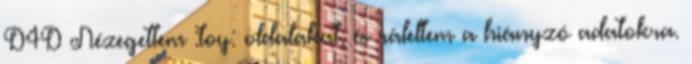
D4D Nézegettem :toy: oldalakat, és ráleltem a hiányzó adatokra.